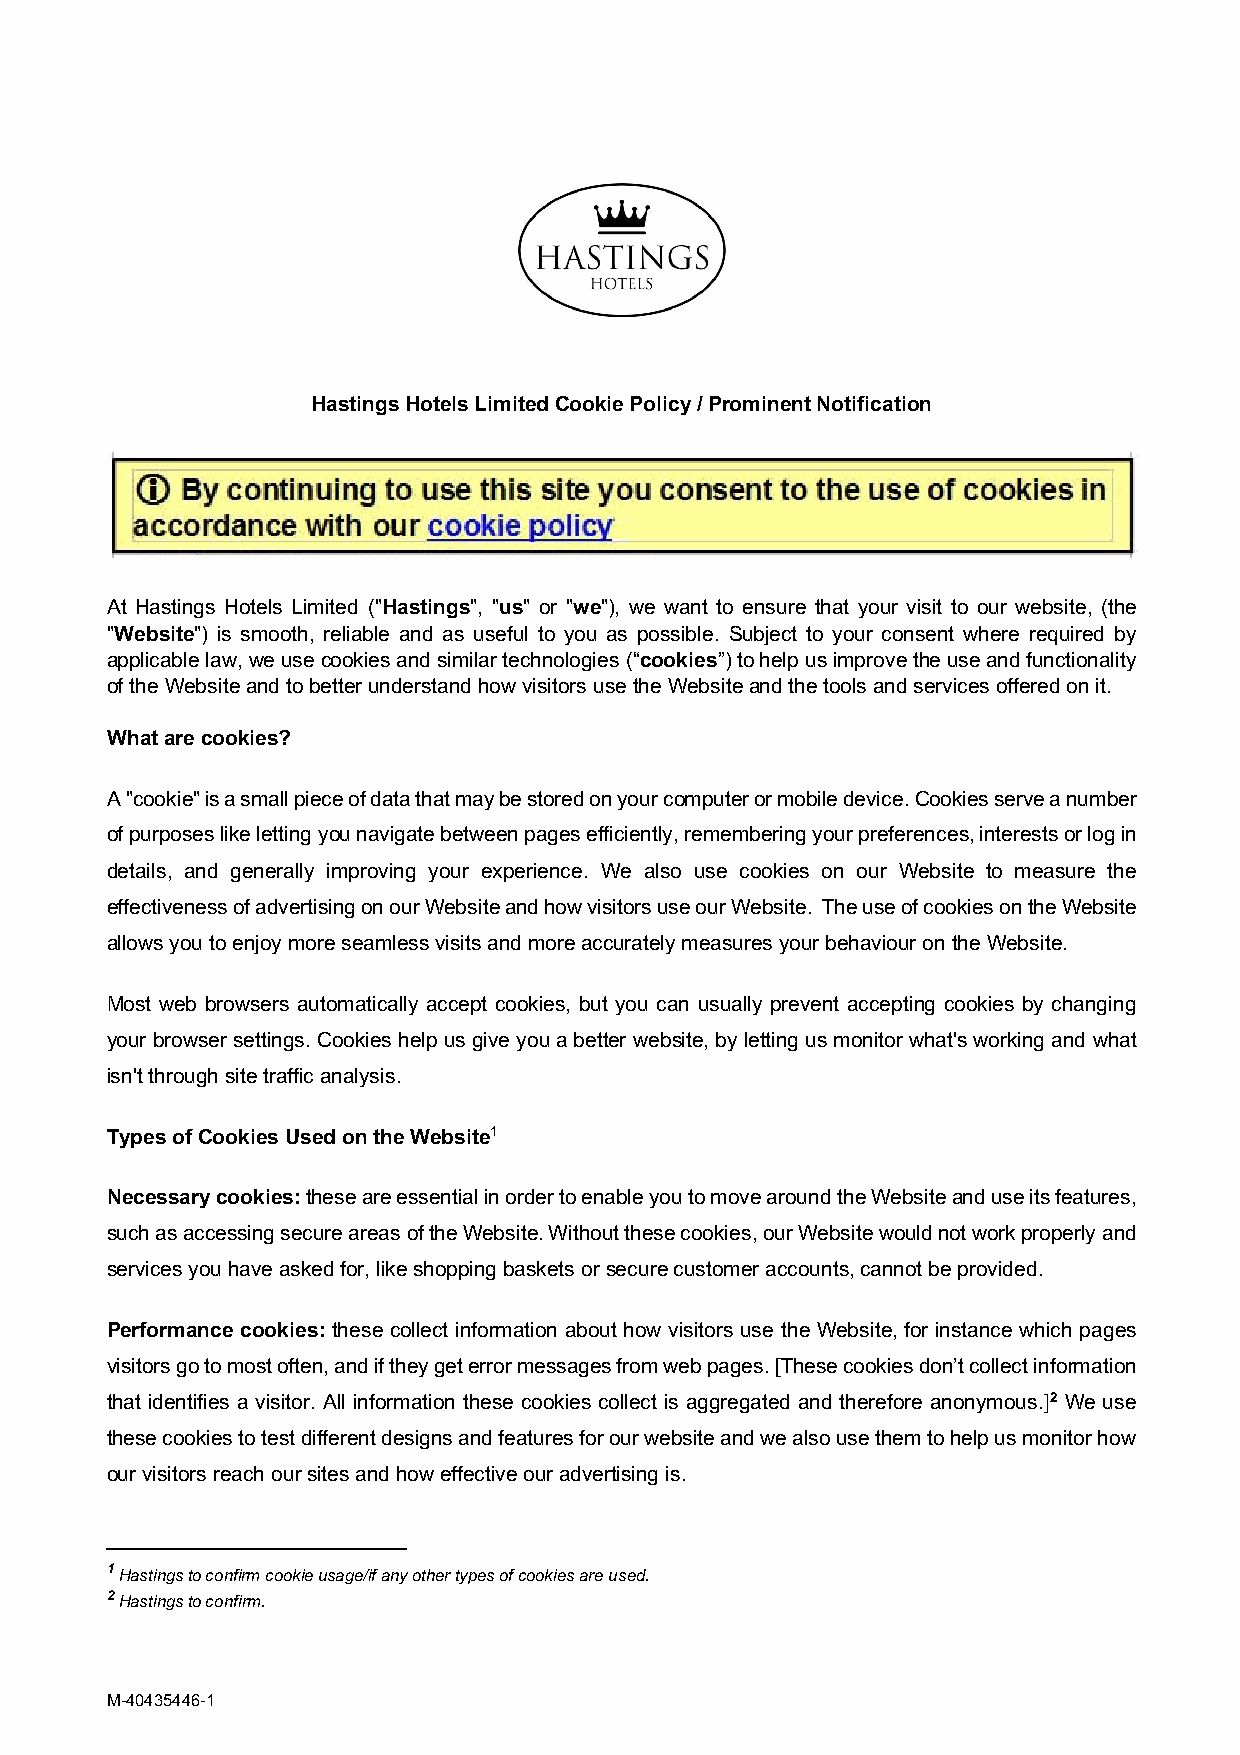
Hastings Hotels Limited Cookie Policy / Prominent Notification
 At Hastings Hotels Limited ("Hastings", "us" or "we"), we want to ensure that your visit to our website, (the
 "Website") is smooth, reliable and as useful to you as possible. Subject to your consent where required by
 applicable law, we use cookies and similar technologies (“cookies”) to help us improve the use and functionality
 of the Website and to better understand how visitors use the Website and the tools and services offered on it.
 What are cookies?
 A "cookie" is a small piece of data that may be stored on your computer or mobile device. Cookies serve a number
 of purposes like letting you navigate between pages efficiently, remembering your preferences, interests or log in
 details, and generally improving your experience. We also use cookies on our Website to measure the
 effectiveness of advertising on our Website and how visitors use our Website. The use of cookies on the Website
 allows you to enjoy more seamless visits and more accurately measures your behaviour on the Website.
 Most web browsers automatically accept cookies, but you can usually prevent accepting cookies by changing
 your browser settings. Cookies help us give you a better website, by letting us monitor what's working and what
 isn't through site traffic analysis.
 Types of Cookies Used on the Website1
 Necessary cookies: these are essential in order to enable you to move around the Website and use its features,
 such as accessing secure areas of the Website. Without these cookies, our Website would not work properly and
 services you have asked for, like shopping baskets or secure customer accounts, cannot be provided.
 Performance cookies: these collect information about how visitors use the Website, for instance which pages
 visitors go to most often, and if they get error messages from web pages. [These cookies don’t collect information
 that identifies a visitor. All information these cookies collect is aggregated and therefore anonymous.]2 We use
 these cookies to test different designs and features for our website and we also use them to help us monitor how
 our visitors reach our sites and how effective our advertising is.
 1 Hastings to confirm cookie usage/if any other types of cookies are used.
 2 Hastings to confirm.
 M-40435446-1